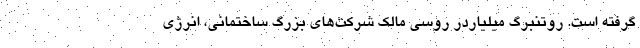
گرفته است. روتنبرگ میلیاردر روسی مالک شرکت‌های بزرگ ساختمانی، انرژی